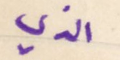
الذي